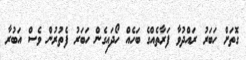
ގޮތަށް ހަބަރު ރައްދުވާ ފަރާތެއްގެ ބަހެއް ހޯދައިގެން ހަބަރު ފެތުރުން ވެސް އަބުރާ